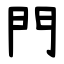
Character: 門